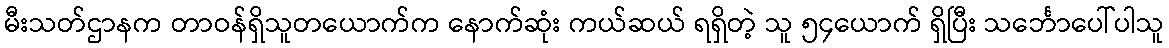
မီးသတ်ဌာနက တာဝန်ရှိသူတယောက်က နောက်ဆုံး ကယ်ဆယ် ရရှိတဲ့ သူ ၅၄ယောက် ရှိပြီး သင်္ဘောပေါ်ပါသူ